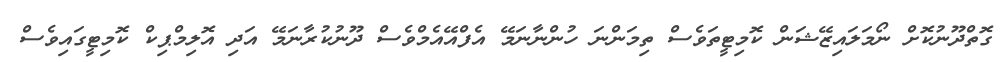
ގޮތްދޫނުކޮށް ނޯމަލައިޒޭޝަން ކޮމިޓީތަވެސް ތިމަންނަ ހުންނާނަމޭ އެފްއޭއެމްވެސް ދޫނުކުރާނަމޭ އަދި އޮލިމްޕިކް ކޮމިޓީގައިވެސް